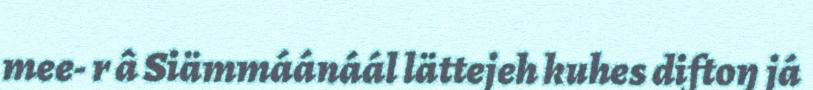
mee- r â Siämmáánáál lättejeh kuhes diftoŋ já